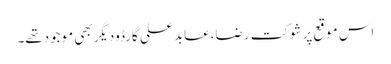
اس موقع پرشوکت رضا،عابد علی گارڈودیگربھی موجودتھے۔